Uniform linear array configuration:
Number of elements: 64
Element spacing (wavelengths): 0.75
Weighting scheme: uniform
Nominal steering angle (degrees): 0
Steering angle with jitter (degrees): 1.345
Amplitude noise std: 0.05
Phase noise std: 0.05

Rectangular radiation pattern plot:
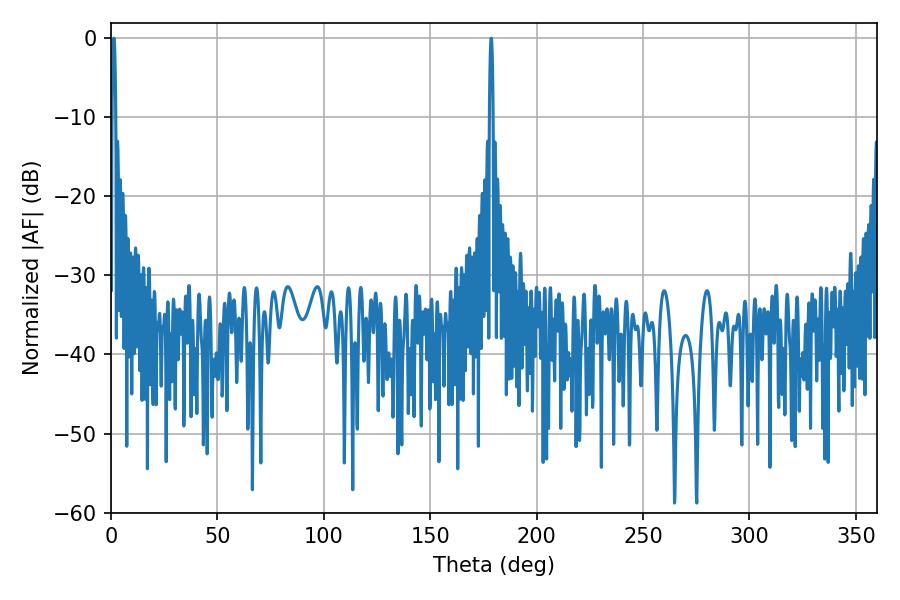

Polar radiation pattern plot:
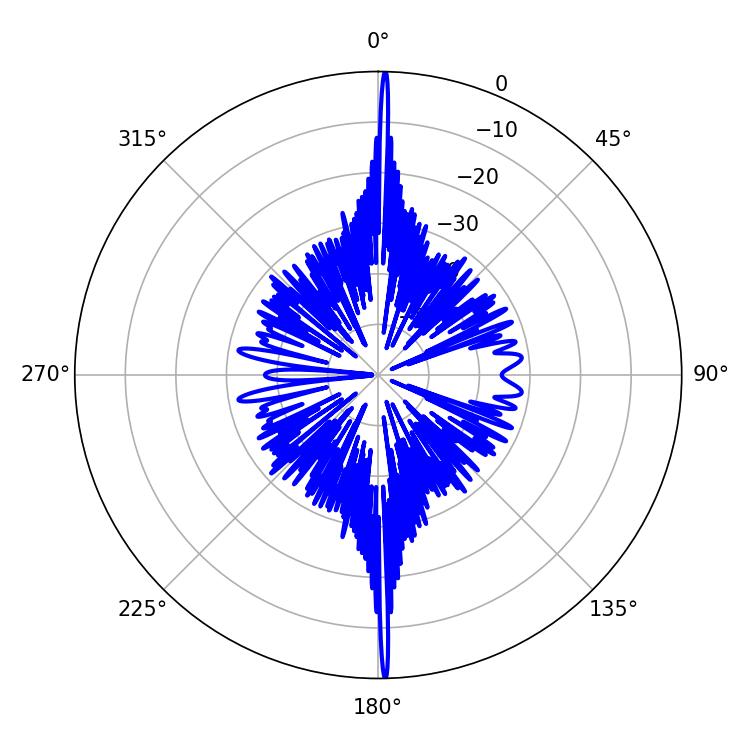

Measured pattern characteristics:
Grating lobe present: TRUE
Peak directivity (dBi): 32.464
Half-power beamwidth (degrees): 0.9
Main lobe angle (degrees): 178.74